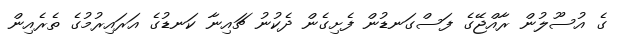
ގެ އުސޫލުން ރާއްޖޭގެ ފަސްގަނޑުން ފެށިގެން ދެކުނު ޗައިނާ ކަނޑުގެ އަރައިރުމުގެ ތެރެއިން